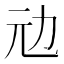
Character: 𠠺